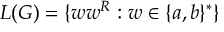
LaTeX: L ( G ) = \{ w w ^ { R } : w \in \{ a , b \} ^ { * } \}